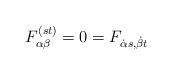
LaTeX: \begin{align*}F^{(st)}_{\alpha \beta}=0=F_{{\dot \alpha}s, {\dot \beta}t}\end{align*}